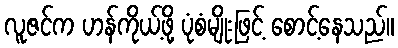
လူဇင်က ဟန်ကိုယ့်ဖို့ ပုံစံမျိုးဖြင့် စောင့်နေသည်။